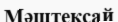
Мәштексай